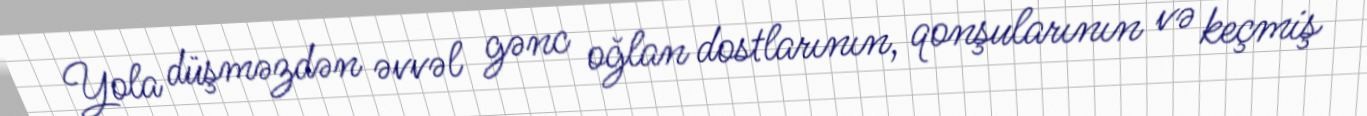
Yola düşməzdən əvvəl gənc oğlan dostlarının, qonşularının və keçmiş